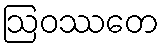
ဩဝဿတေ